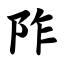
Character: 阼